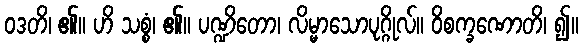
ဝဒတိ၊ ၏။ ဟိ သစ္စံ၊ ၏။ ပဏ္ဍိတော၊ လိမ္မာသောပုဂ္ဂိုလ်။ ဝိစက္ခဏောတိ၊ ၍။